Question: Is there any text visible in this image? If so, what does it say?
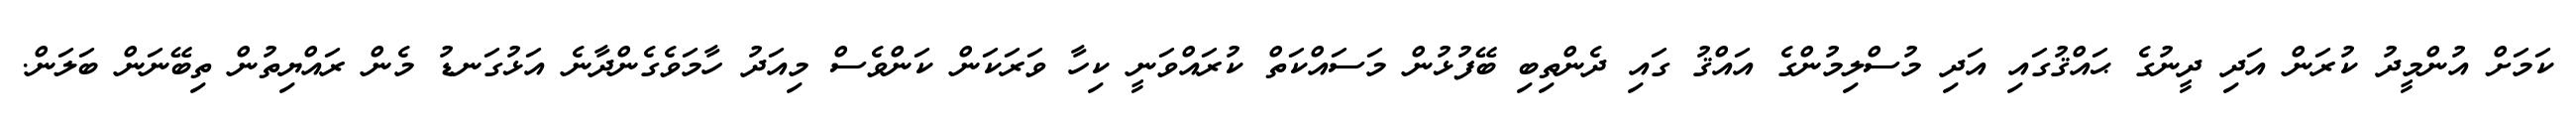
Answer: ކަމަށް އުންމީދު ކުރަން އަދި ދީނުގެ ޙައްޤުގައި އަދި މުސްލިމުންގެ އައްޤު ގައި ދެންތިބި ބޭފުޅުން މަސައްކަތް ކުރައްވަނީ ކިހާ ވަރަކަން ކަންވެސް މިއަދު ހާމަވެގެންދާނެ އަޅުގަނޑު މެން ރައްޔިތުން ތިބޭނަން ބަލަން.